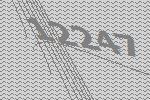
12247